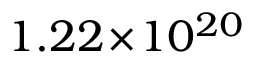
1 . 2 2 \! \times \! 1 0 ^ { 2 0 }